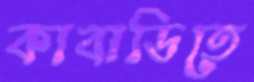
কাবাডিতে